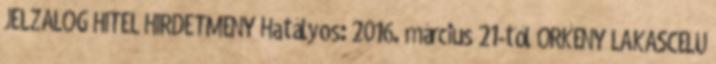
JELZÁLOG HITEL HIRDETMÉNY Hatályos: 2016. március 21-től ÖRKÉNY LAKÁSCÉLÚ